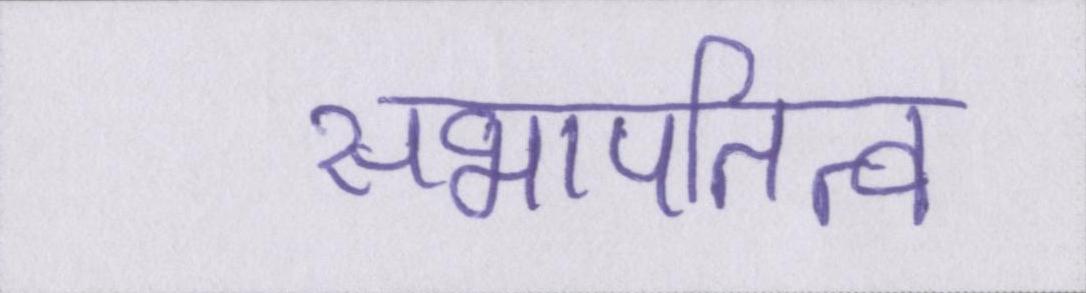
सभापतित्व